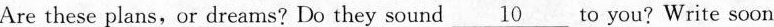
Are these plans, or dreams? Do they sound \underline{10} to you? Write soon